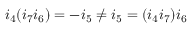
i _ { 4 } ( i _ { 7 } i _ { 6 } ) = - i _ { 5 } \neq i _ { 5 } = ( i _ { 4 } i _ { 7 } ) i _ { 6 }